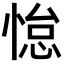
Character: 𫺭